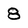
Character: 8